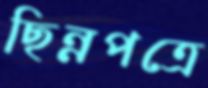
ছিন্নপত্রে